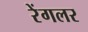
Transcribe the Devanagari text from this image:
रेंगलर